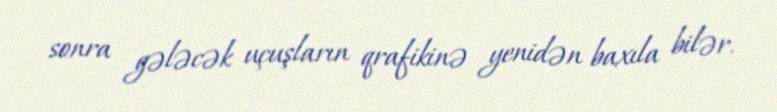
sonra gələcək uçuşların qrafikinə yenidən baxıla bilər.